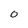
Character: 0